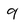
Character: 9